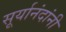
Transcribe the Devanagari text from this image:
सूर्यानंदांनी